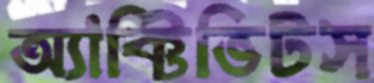
অ্যাক্টিভিটস